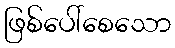
ဖြစ်ပေါ်စေသော